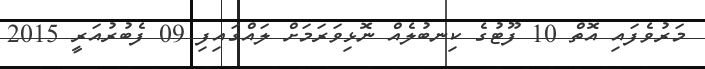
މަރުވެފައި އޮތް 10 ފޫޓުގެ ކިނބުލެއް ނޮޅިވަރަމަށް ލައްގައިފި 09 ފެބުރުއަރީ 2015